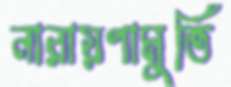
নারায়ণামুর্তি